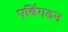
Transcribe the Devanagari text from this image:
एबिंगडन